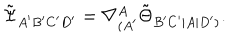
\tilde { \Psi } _ { A ^ { \prime } B ^ { \prime } C ^ { \prime } D ^ { \prime } } = \nabla _ { ( A ^ { \prime } } ^ { A } \tilde { \Theta } _ { B ^ { \prime } C ^ { \prime } | A | D ^ { \prime } ) } .